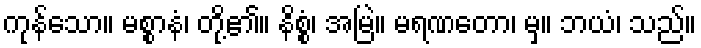
ကုန်သော။ မစ္စာနံ၊ တို့၏။ နိစ္စံ၊ အမြဲ။ မရဏတော၊ မှ။ ဘယံ၊ သည်။